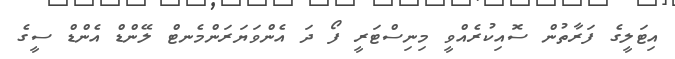
އިޓަލީގެ ފަރާތުން ސޮއިކުރެއްވީ މިނިސްޓަރީ ފޯ ދަ އެންވަޔަރަންމެނޓް ލޭންޑް އެންޑް ސީގެ